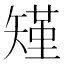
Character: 𮀆